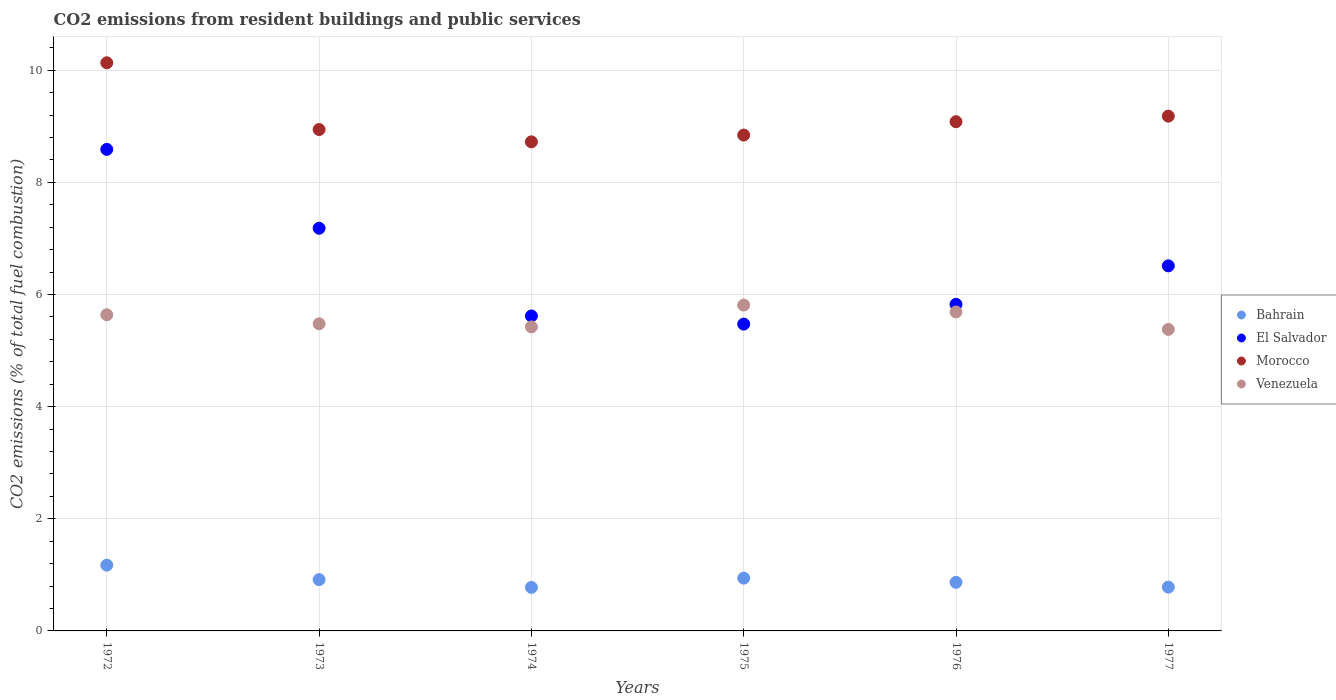
| Years | Bahrain | El Salvador | Morocco | Venezuela |
 | --- | --- | --- | --- | --- |
 | 1972 | 1.17 | 8.59 | 10.1 | 5.64 |
 | 1973 | 0.915 | 7.18 | 8.94 | 5.48 |
 | 1974 | 0.777 | 5.62 | 8.72 | 5.42 |
 | 1975 | 0.942 | 5.47 | 8.84 | 5.81 |
 | 1976 | 0.867 | 5.83 | 9.08 | 5.69 |
 | 1977 | 0.781 | 6.51 | 9.18 | 5.38 |